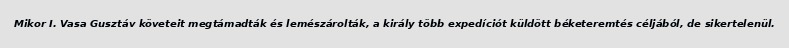
Mikor I. Vasa Gusztáv követeit megtámadták és lemészárolták, a király több expedíciót küldött béketeremtés céljából, de sikertelenül.